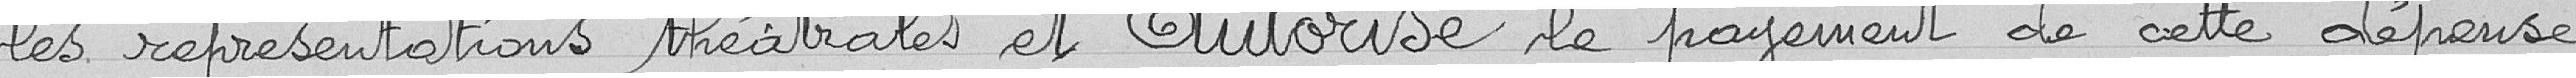
les représentations théâtrales et autorise le payement de cette dépense